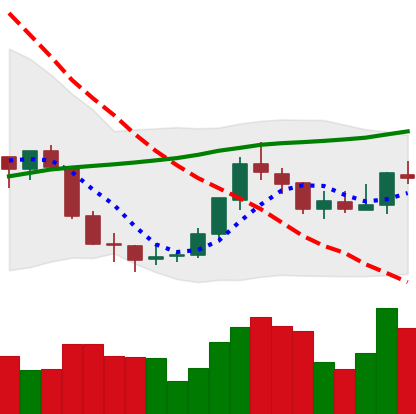
Ticker: EOS-USD
Chart end date: 2018-07-25
Forward return: -8.696%
Label: down_7plus